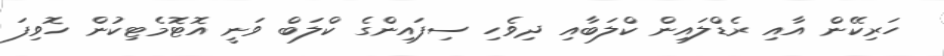
ހަރިކޭން އާއި ރެޑްލައިން ކްލަބާއި ދިވެހި ސިފައިންގެ ކްލަބް ވަނީ އޮޓޮމެޓިކުން ހޮވިފަ